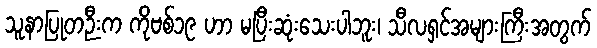
သူနာပြုတဉီးက ကိုဗစ်၁၉ ဟာ မပြီးဆုံးသေးပါဘူး၊ သီလရှင်အများကြီးအတွက်